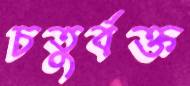
চতুর্বক্ত